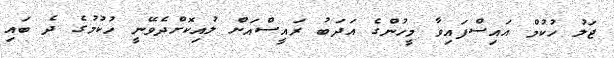
ޖަލު ހުކުމް އައިސްފައިވާ މީހުންގެ އަދަބު ރައީސްއަށް ލުއިކޮށްދެވޭނީ ހުކުމުގެ ދެ ބައި